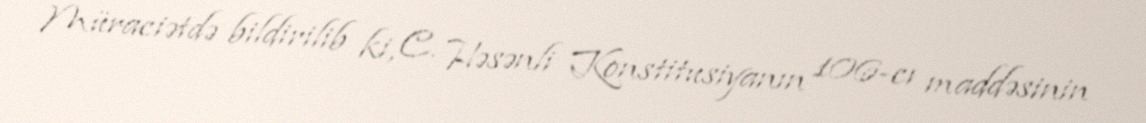
Müraciətdə bildirilib ki, C. Həsənli Konstitusiyanın 106-cı maddəsinin